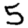
Digit: 5